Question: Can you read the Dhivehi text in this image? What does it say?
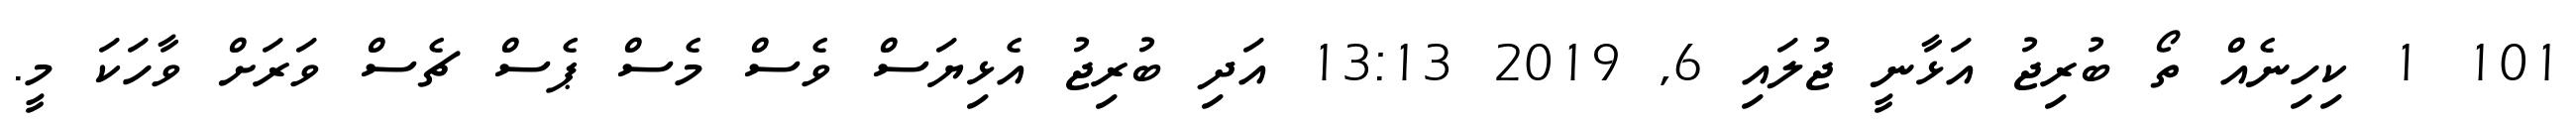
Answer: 101 1 ކިހިނެއް ތޯ ބުރިޖު އަޅާނީ ޖުލައި 6, 2019 13:13 އަދި ބުރިޖު އެޅިޔަސް ވެސް މެސް ޕެސް ޗެސް ވަރަށް ވާހަކަ މީ.